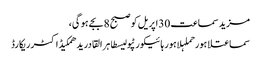
مزید سماعت 30اپریل کو صبح 8بجے ہو گی،
سماعتلاہورحملہلاہور ہائیکورٹپولیسطاہر القادریدھمکیڈاکٹرریکارڈ